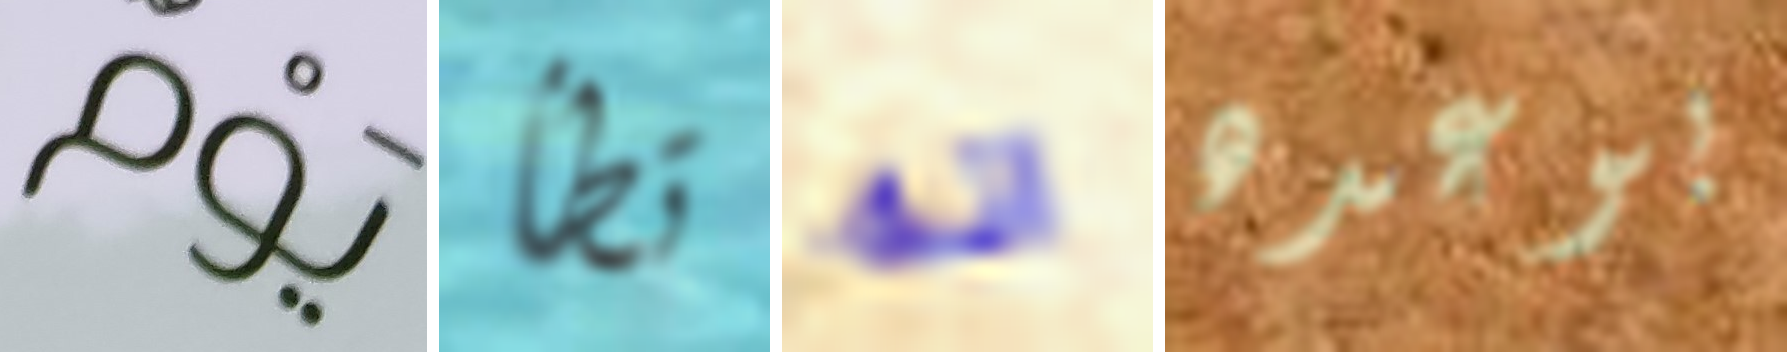
يوم تطأ انه بوعده